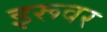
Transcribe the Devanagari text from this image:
इरूवर